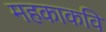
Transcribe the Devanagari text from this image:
महकाकवि